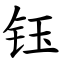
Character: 钰